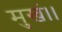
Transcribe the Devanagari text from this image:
मुखं।।